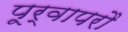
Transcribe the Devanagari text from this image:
पूर्वापरौ